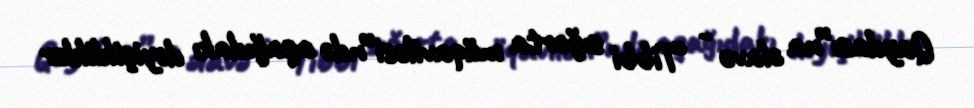
Qaydası”na əlavə - “Tibbi sığorta müqaviləsi”ndə aşağıdakı dəyişikliklər